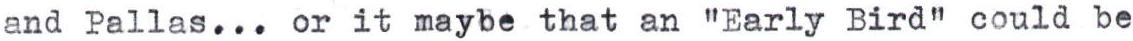
and Pallas... or it maybe that an "Early Bird" could be